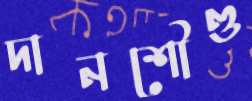
দানশৌণ্ড